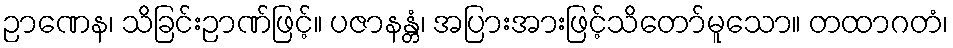
ဉာဏေန၊ သိခြင်းဉာဏ်ဖြင့်။ ပဇာနန္တံ၊ အပြားအားဖြင့်သိတော်မူသော။ တထာဂတံ၊